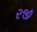
રજી